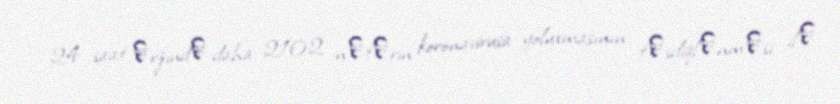
24 saat әrzindә daha 2102 nәfәrin koronavirusa yoluxmasının tәsdiqlәnmәsi ilә